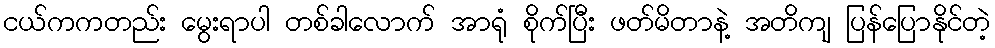
ငယ်ကကတည်း မွေးရာပါ တစ်ခါလောက် အာရုံ စိုက်ပြီး ဖတ်မိတာနဲ့ အတိကျ ပြန်ပြောနိုင်တဲ့